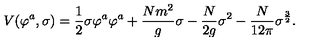
V ( \varphi ^ { a } , \sigma ) = { \frac { 1 } { 2 } } \sigma \varphi ^ { a } \varphi ^ { a } + { \frac { N m ^ { 2 } } { g } } \sigma - { \frac { N } { 2 g } } \sigma ^ { 2 } - { \frac { N } { 1 2 \pi } } \sigma ^ { \frac { 3 } { 2 } } .